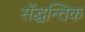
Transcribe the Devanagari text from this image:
सॅद्धन्तिक